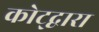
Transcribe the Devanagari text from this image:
कोट्द्वारा